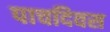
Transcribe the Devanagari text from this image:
पाचदिवस